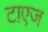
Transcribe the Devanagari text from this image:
टाएज